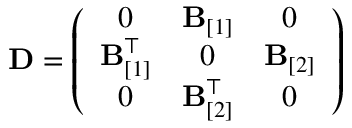
{ \bf D } = \left( \begin{array} { c c c } { 0 } & { { \bf B } _ { [ 1 ] } } & { 0 } \\ { { \bf B } _ { [ 1 ] } ^ { \top } } & { 0 } & { { \bf B } _ { [ 2 ] } } \\ { 0 } & { { \bf B } _ { [ 2 ] } ^ { \top } } & { 0 } \end{array} \right)